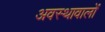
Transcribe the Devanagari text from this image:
अवस्थावालों